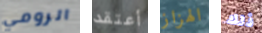
الرومي أعتقد الهزاز ذلك